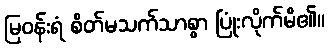
မြဝန်းရံ စိတ်မသက်သာစွာ ပြုံးလိုက်မိ၏။